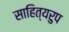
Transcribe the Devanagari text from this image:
साहित्यरुप